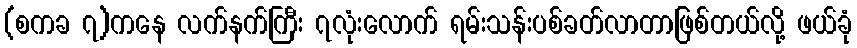
(စကခ ၇)ကနေ လက်နက်ကြီး ၇လုံးလောက် ရမ်းသန်းပစ်ခတ်လာတာဖြစ်တယ်လို့ ဖယ်ခုံ